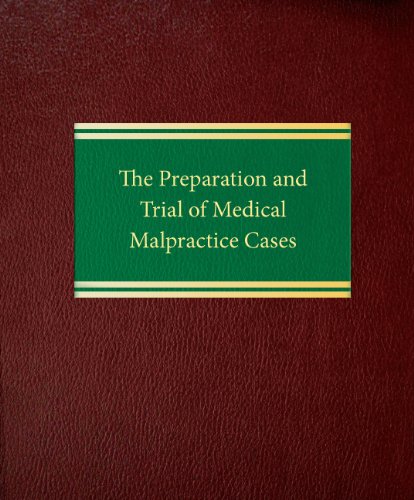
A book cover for The Preparation and Trial of Medical Malpractice Cases (Litigation Series); Richard E. Shandell; Law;